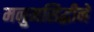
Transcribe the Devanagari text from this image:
मनुमसिद्धीने